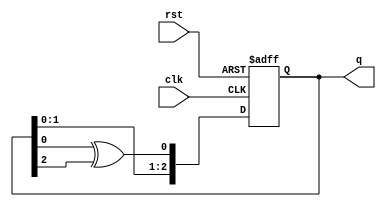
module df(
    input clk,rst,
    output reg [2:0]q
    );
	 always @(posedge clk,posedge rst) begin
	 if(rst)
	 q<=3'b100;
	 else
	 q<={q[1],q[0],(q[0]^q[2])};
	 end
endmodule